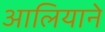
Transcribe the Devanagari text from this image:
आलियाने